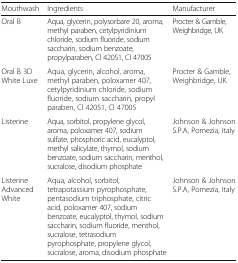
| Mouthwash | Ingredients | Manufacturer |
 | --- | --- | --- |
 | Oral B | Aqua, glycerin, polysorbare 20, aroma, methyl paraben, cetylpyridinium chloride, sodium fluoride, sodium saccharin, sodium benzoate, propylparaben, Cl 42051, Cl 47005 | Procter & Gamble, Weighbridge, UK |
 | Oral B 3D White Luxe | Aqua, glycerin, alcohol, aroma, methyl paraben, poloxamer 407, cetylpyridinium chloride, sodium fluoride, sodium saccharin, propyl paraben, Cl 42051, Cl 47005 | Procter & Gamble, Weighbridge, UK |
 | Listerine | Aqua, sorbitol, propylene glycol, aroma, poloxamer 407, sodium sulfate, phosphoric acid, eucalyptol, methyl salicylate, thymol, sodium benzoate, sodium saccharin, menthol, sucralose, disodium phosphate | Johnson & Johnson S.P.A, Pomezia, Italy |
 | Listerine Advanced White | Aqua, alcohol, sorbitol, tetrapotassium pyrophosphate, pentasodium triphosphate, citric acid, poloxamer 407, sodium benzoate, eucalyptol, thymol, sodium saccharin, sodium fluoride, menthol, sucralose, tetrasodium pyrophosphate, propylene glycol, sucralose, aroma, disodium phosphate | Johnson & Johnson S.P.A, Pomezia, Italy |